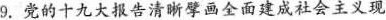
9.党的十九大报告清晰擘画全面建成社会主义现